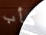
كأب